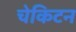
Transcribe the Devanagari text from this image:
चेकिटन